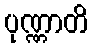
ပုဏ္ဏာတိ